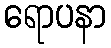
ရောပနာ